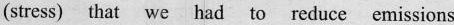
(stress) that we had to reduce emissions